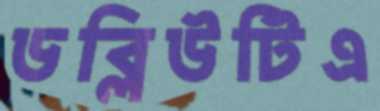
ডব্লিউটিএ